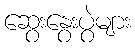
ဆွေးနွေးပွဲများ